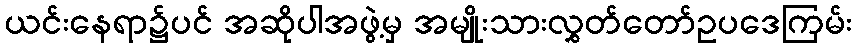
ယင်းနေရာ၌ပင် အဆိုပါအဖွဲ့မှ အမျိုးသားလွှတ်တော်ဥပဒေကြမ်း